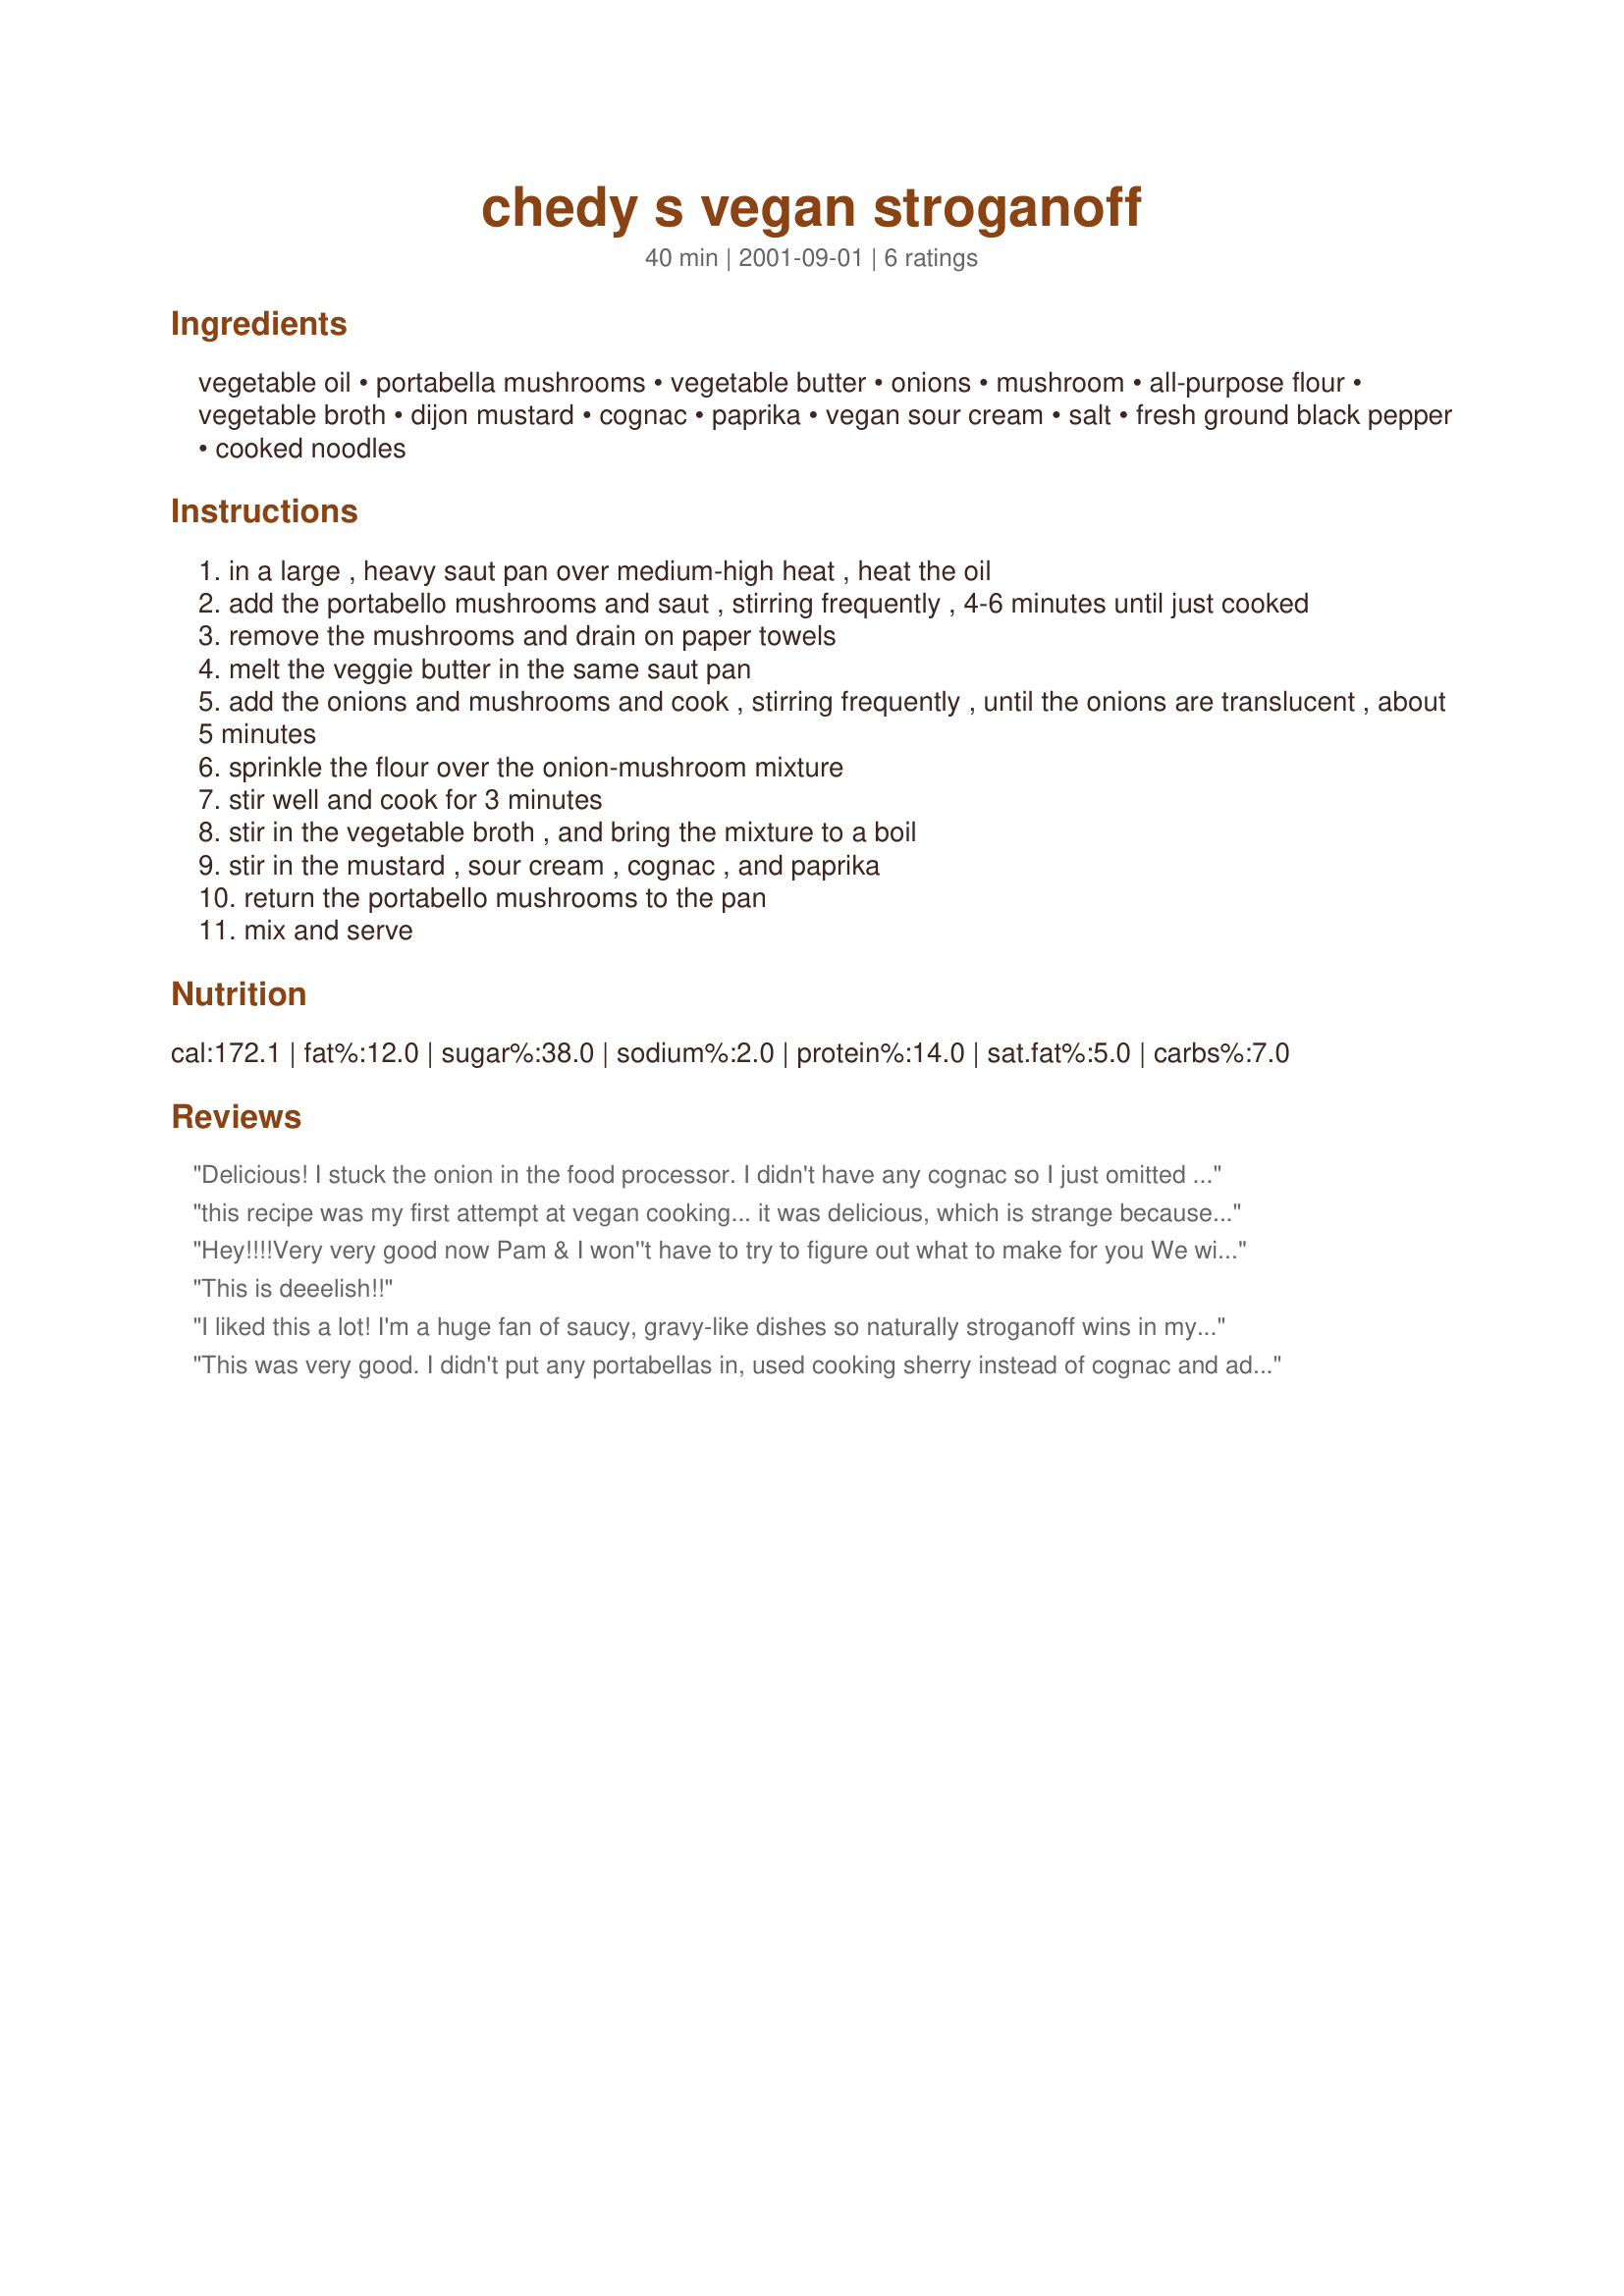
chedy s vegan stroganoff
Preparation time: 40 minutes

Ingredients:
vegetable oil, portabella mushrooms, vegetable butter, onions, mushroom, all-purpose flour, vegetable broth, dijon mustard, cognac, paprika, vegan sour cream, salt, fresh ground black pepper, cooked noodles

Steps:
in a large , heavy saut pan over medium-high heat , heat the oil
add the portabello mushrooms and saut , stirring frequently , 4-6 minutes until just cooked
remove the mushrooms and drain on paper towels
melt the veggie butter in the same saut pan
add the onions and mushrooms and cook , stirring frequently , until the onions are translucent , about 5 minutes
sprinkle the flour over the onion-mushroom mixture
stir well and cook for 3 minutes
stir in the vegetable broth , and bring the mixture to a boil
stir in the mustard , sour cream , cognac , and paprika
return the portabello mushrooms to the pan
mix and serve

Reviews:
Delicious! I stuck the onion in the food processor. I didn't have any cognac so I just omitted it. I also may add a little less broth next time. I served this over eggless ribbon noodles. So tasty!
this recipe was my first attempt at vegan cooking... 

it was delicious, which is strange because i hate mushrooms. 

i cooked 2.5 lbs of portabellas at a low temp with a few Tbsp of water, creating about 1c. of stock (seasoned with onion, garlic and pepper) and when i mixed that back in at the end it really evened out the flavor (i didn't care for the veggie stock) and made it more mellow and robust, we also added a few extra tbsp of vegan sour cream.

i also heated up some vegan rolls. When we have this again, bread bowls will totally be the way to go.
Hey!!!!Very very good now Pam & I won''t have to try to figure out what to make for you We will just look at your recipes...:)looks good can''t wait till you make it for us!!!!!
This is deeelish!!
I liked this a lot! I'm a huge fan of saucy, gravy-like dishes so naturally stroganoff wins in my book. I also LOVE mushrooms. After going back for seconds I started getting mushroomed-out, however. Might add something else to sub in for 1/2 cup of mushrooms to reduce the overload in the future, though not sure what.
This was very good. I didn't put any portabellas in, used cooking sherry instead of cognac and added Morningstar Farms "beef" crumbles. I think next time I might put a little less broth, a little more "sour cream" and add more spice. But all in all this was a great fix when I really started craving stroganoff!
